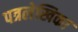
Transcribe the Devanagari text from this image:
पत्रलेखिका